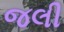
જલી